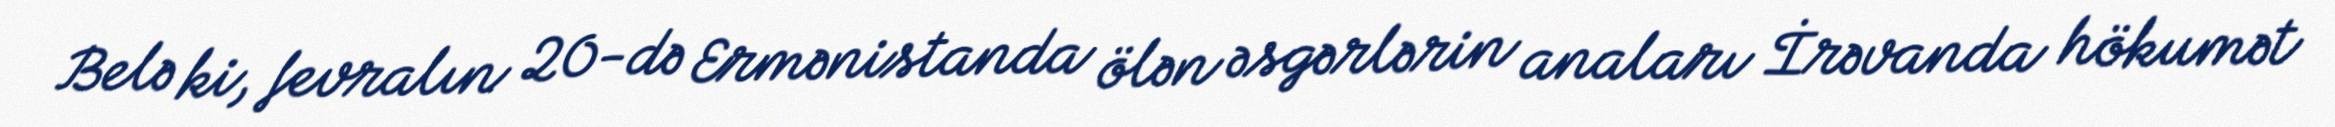
Belə ki, fevralın 20-də Ermənistanda ölən əsgərlərin anaları İrəvanda hökumət